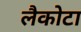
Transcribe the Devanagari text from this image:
लैकोटा